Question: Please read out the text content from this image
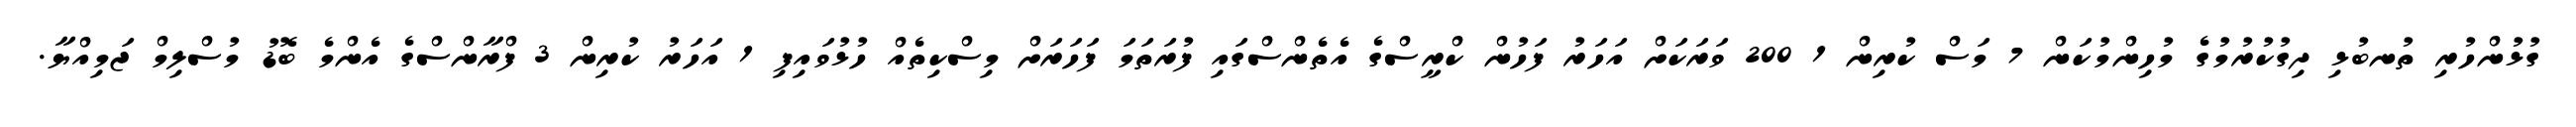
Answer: ގުޅުންހުރި ތުނބުޅި ދިގުކުރުމުގެ މުހިންމުކަން 7 މަސް ކުރިން 1 200 ވަރަކަށް އަހަރު ފަހުން ކްރީސްގެ އެތެންސްގައި ފުރަތަމަ ފަހަރަށް މިސްކިތެއް ހުޅުވައިފި 1 އަހަރު ކުރިން 3 ފްރާންސްގެ އެންމެ ބޮޑު މުސްލިމް ޖަމިއްޔާ.